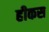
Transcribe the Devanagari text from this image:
हीकस